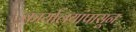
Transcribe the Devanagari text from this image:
कार्यालयांपासून